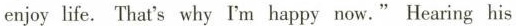
enjoy life. That's why I'm happy now." Hearing his